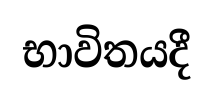
භාවිතයදී